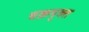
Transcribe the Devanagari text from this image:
चक्रयुक्त